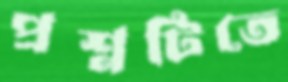
প্রশ্নটিতে